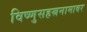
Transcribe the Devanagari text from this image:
विष्णुसहस्रनामावर